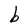
Character: b